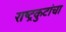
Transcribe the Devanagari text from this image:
राष्ट्रकुटांचा